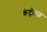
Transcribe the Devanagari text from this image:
कंट्रोल्ज़